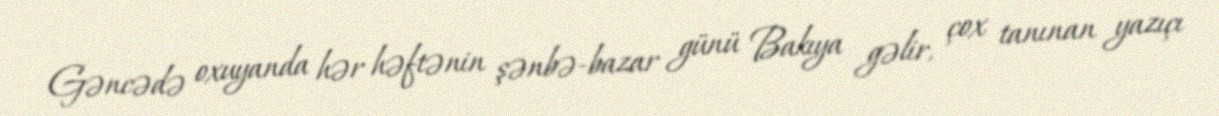
Gəncədə oxuyanda hər həftənin şənbə-bazar günü Bakıya gəlir, çox tanınan yazıçı